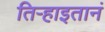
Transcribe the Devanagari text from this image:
तिऱ्हाइतानं